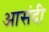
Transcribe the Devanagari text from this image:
आसंदी